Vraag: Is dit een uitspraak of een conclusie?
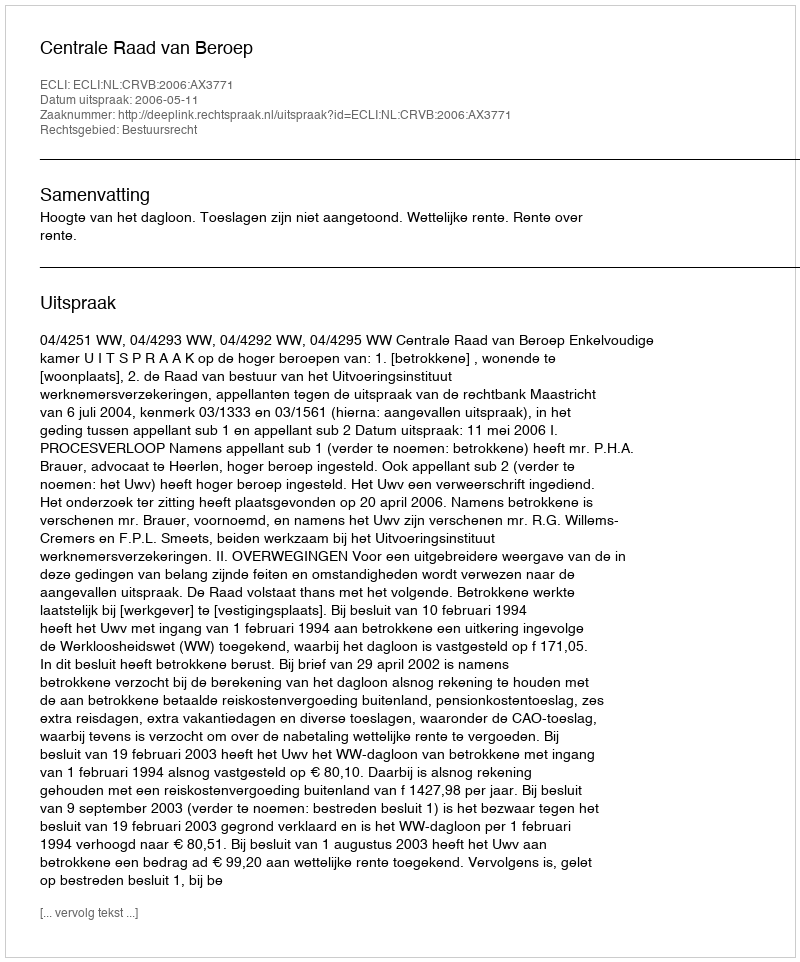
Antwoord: Uitspraak